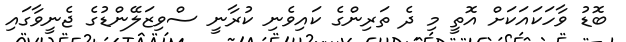
ބޮޑު ވާހަކައަކަށް އޮތީ މި ދެ ތަރިންގެ ކައިވެނި ކުރާނީ ސްވިޒަލޭންޑުގެ ޖެނީވާގައި